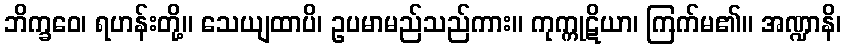
ဘိက္ခဝေ၊ ရဟန်းတို့။ သေယျထာပိ၊ ဥပမာမည်သည်ကား။ ကုက္ကုဋိယာ၊ ကြက်မ၏။ အဏ္ဍာနိ၊